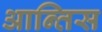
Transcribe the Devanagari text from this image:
आन्तिस